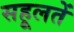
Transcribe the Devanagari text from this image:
सहूलतें